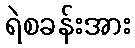
ရဲစခန်းအား